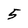
Character: 5